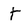
Character: t